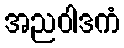
အညဝါဒကံ